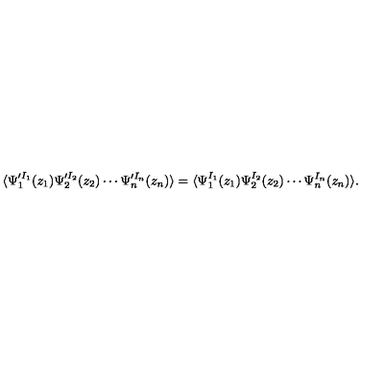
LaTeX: \langle \Psi _ { 1 } ^ { \prime I _ { 1 } } ( z _ { 1 } ) \Psi _ { 2 } ^ { \prime I _ { 2 } } ( z _ { 2 } ) \cdots \Psi _ { n } ^ { \prime I _ { n } } ( z _ { n } ) \rangle = \langle \Psi _ { 1 } ^ { I _ { 1 } } ( z _ { 1 } ) \Psi _ { 2 } ^ { I _ { 2 } } ( z _ { 2 } ) \cdots \Psi _ { n } ^ { I _ { n } } ( z _ { n } ) \rangle .